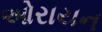
ઓરાયન